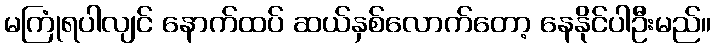
မကြုံရပါလျင် နောက်ထပ် ဆယ်နှစ်လောက်တော့ နေနိုင်ပါဦးမည်။